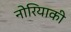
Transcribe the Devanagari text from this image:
नोरियाकी